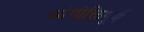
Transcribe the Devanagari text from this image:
व्यंगोक्तिपूर्ण